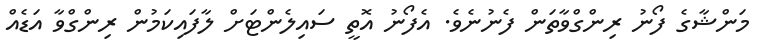
މަންޝާގެ ފޯނު ރިންގްވާތަން ފެނުނެވެ. އެފޯނު އޮތީ ސައިލެންޓަށް ލާފައިކަމުން ރިންގްވާ އަޑެއް